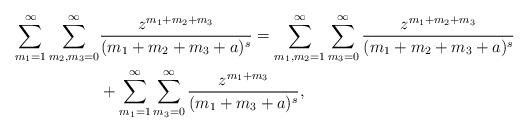
LaTeX: \begin{align*}\begin{aligned}\sum_{m_1=1}^\infty\sum_{m_2,m_3=0}^\infty&\frac{z^{m_1+m_2+m_3}}{(m_1+m_2+m_3+a)^{s}}=\sum_{m_1,m_2=1}^\infty\sum_{m_3=0}^\infty\frac{z^{m_1+m_2+m_3}}{(m_1+m_2+m_3+a)^{s}} \\&+\sum_{m_1=1}^\infty\sum_{m_3=0}^\infty\frac{z^{m_1+m_3}}{(m_1+m_3+a)^{s}},\end{aligned}\end{align*}